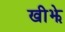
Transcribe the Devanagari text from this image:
खीझे